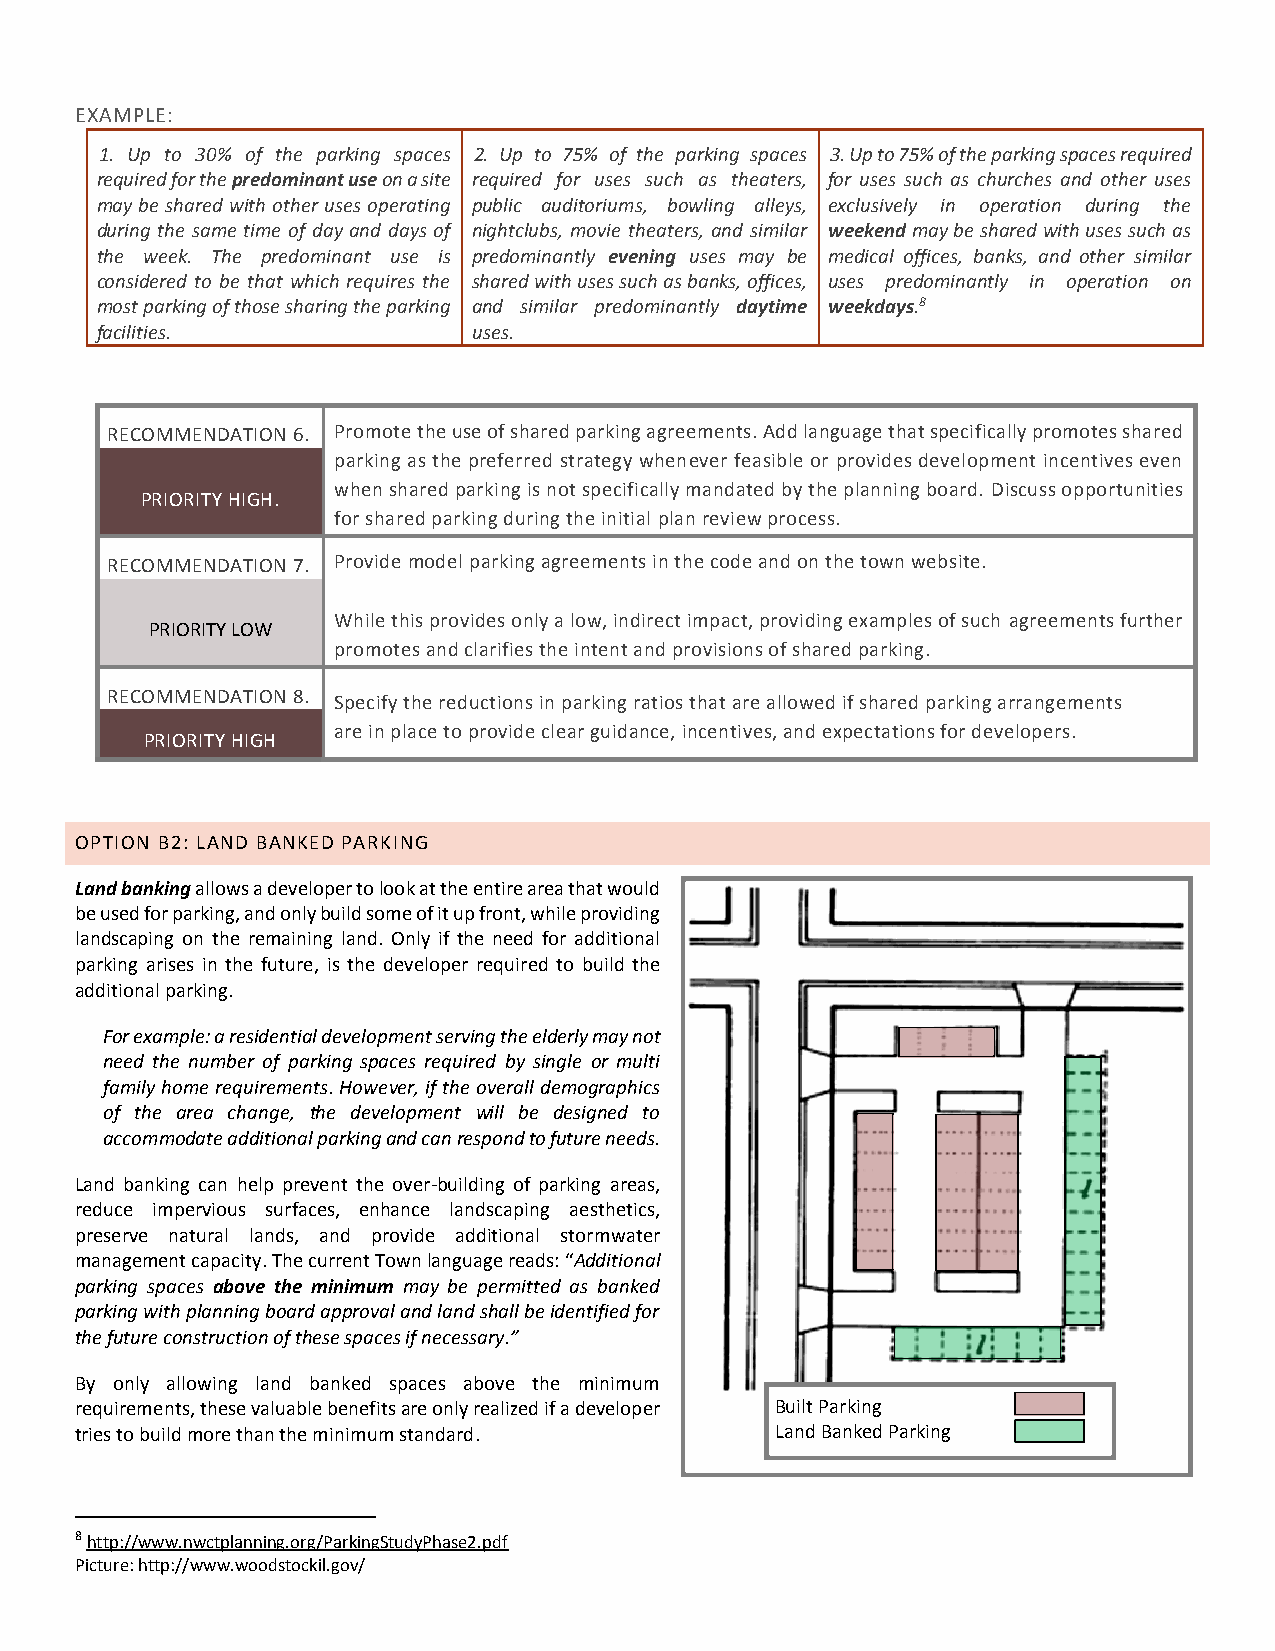
EXAMPLE:
 1. Up to 30% of the parking spaces 2. Up to 75% of the parking spaces 3. Up to 75% of the parking spaces required
 required for the predominant use on a site required for uses such as theaters, for uses such as churches and other uses
 may be shared with other uses operating public auditoriums, bowling alleys, exclusively in operation during the
 during the same time of day and days of nightclubs, movie theaters, and similar weekend may be shared with uses such as
 the week. The predominant use is predominantly evening uses may be medical offices, banks, and other similar
 considered to be that which requires the shared with uses such as banks, offices, uses predominantly in operation on
 most parking of those sharing the parking and similar predominantly daytime weekdays.8
 facilities.              uses.
 RECOMMENDATION 6. Promote the use of shared parking agreements. Add language that specifically promotes shared
 parking as the preferred strategy whenever feasible or provides development incentives even
 when shared parking is not specifically mandated by the planning board. Discuss opportunities
 PRIORITY HIGH.
 for shared parking during the initial plan review process.
 RECOMMENDATION 7. Provide model parking agreements in the code and on the town website.
 While this provides only a low, indirect impact, providing examples of such agreements further
 PRIORITY LOW
 promotes and clarifies the intent and provisions of shared parking.
 RECOMMENDATION 8. Specify the reductions in parking ratios that are allowed if shared parking arrangements
 are in place to provide clear guidance, incentives, and expectations for developers.
 PRIORITY HIGH
 OPTION B2: LAND BANKED PARKING
 Land banking allows a developer to look at the entire area that would
 be used for parking, and only build some of it up front, while providing
 landscaping on the remaining land. Only if the need for additional
 parking arises in the future, is the developer required to build the
 additional parking.
 For example: a residential development serving the elderly may not
 need the number of parking spaces required by single or multi
 family home requirements. However, if the overall demographics
 of the area change, the development will be designed to
 accommodate additional parking and can respond to future needs.
 Land banking can help prevent the over-building of parking areas,
 reduce impervious surfaces, enhance landscaping aesthetics,
 preserve natural lands, and provide additional stormwater
 management capacity. The current Town language reads: “Additional
 parking spaces above the minimum may be permitted as banked
 parking with planning board approval and land shall be identified for
 the future construction of these spaces if necessary.”
 By only allowing land banked spaces above the minimum
 requirements, these valuable benefits are only realized if a developer Built Parking
 tries to build more than the minimum standard. Land Banked Parking
 8 http://www.nwctplanning.org/ParkingStudyPhase2.pdf
 Picture: http://www.woodstockil.gov/